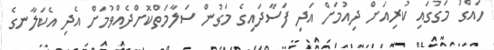
ހައްގު މަގުގައި ކުރިއަށް ދިއުމަށް އަދި ފަސާދައިގެ މަގުން ސަލާމަތްކޮށްދެއްވުމަށް އެދި އެކަލާނގެ